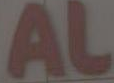
AL